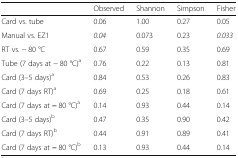
|  | Observed | Shannon | Simpson | Fisher |
 | --- | --- | --- | --- | --- |
 | Card vs. tube | 0.06 | 1.00 | 0.27 | 0.05 |
 | Manual vs. EZ1 | 0.04 | 0.073 | 0.23 | 0.033 |
 | RT vs. − 80 °C | 0.67 | 0.59 | 0.35 | 0.69 |
 | Tube (7 days at − 80 °C)a | 0.76 | 0.22 | 0.13 | 0.81 |
 | Card (3–5 days)a | 0.84 | 0.53 | 0.26 | 0.83 |
 | Card (7 days RT)a | 0.69 | 0.25 | 0.18 | 0.61 |
 | Card (7 days at − 80 °C)a | 0.14 | 0.93 | 0.44 | 0.14 |
 | Card (3–5 days)b | 0.47 | 0.35 | 0.90 | 0.42 |
 | Card (7 days RT)b | 0.44 | 0.91 | 0.89 | 0.41 |
 | Card (7 days at − 80 °C)b | 0.13 | 0.93 | 0.44 | 0.14 |